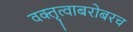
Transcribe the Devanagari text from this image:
वक्तृत्वाबरोबरच